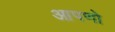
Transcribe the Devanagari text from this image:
आपणो